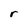
Character: r